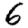
Digit: 6